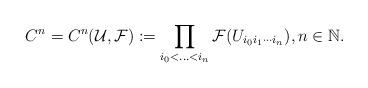
LaTeX: \begin{align*}C^n=C^n(\mathcal{U},\mathcal{F}):=\prod_{i_0<...<i_n}\mathcal{F}(U_{i_0i_1\cdots i_n}), n \in \mathbb{N}.\end{align*}